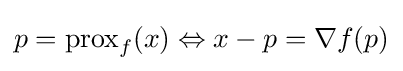
p=\operatorname {prox} _{f}(x)\Leftrightarrow x-p=\nabla f(p)